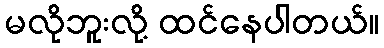
မလိုဘူးလို့ ထင်နေပါတယ်။